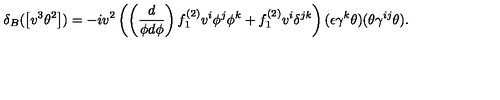
\delta _ { B } ( \left[ v ^ { 3 } \theta ^ { 2 } \right] ) = - i v ^ { 2 } \left( \left( \frac { d } { \phi d \phi } \right) f _ { 1 } ^ { ( 2 ) } v ^ { i } \phi ^ { j } \phi ^ { k } + f _ { 1 } ^ { ( 2 ) } v ^ { i } \delta ^ { j k } \right) ( \epsilon \gamma ^ { k } \theta ) ( \theta \gamma ^ { i j } \theta ) .